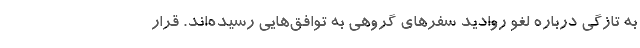
به تازگی درباره لغو روادید سفرهای گروهی به توافق‌هایی رسیده‌اند. قرار